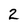
Character: 2